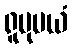
ရူပုပယံ